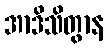
အာဒိသိတွာန